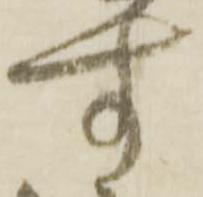
す